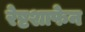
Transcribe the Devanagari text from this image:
रेष्टशाफेन